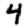
Digit: 4